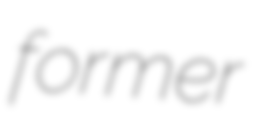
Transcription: former